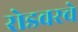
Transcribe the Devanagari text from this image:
रोडवरचे